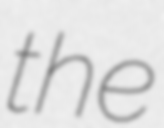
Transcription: the